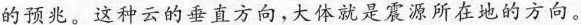
的预兆。这种云的垂直方向，大体就是震源所在地的方向。